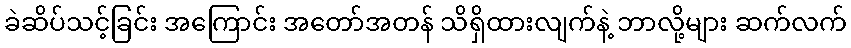
ခဲဆိပ်သင့်ခြင်း အကြောင်း အတော်အတန် သိရှိထားလျက်နဲ့ ဘာလို့များ ဆက်လက်